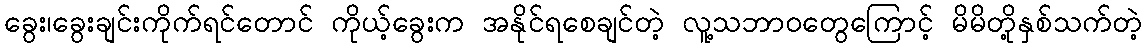
ခွေး၊ခွေးချင်းကိုက်ရင်တောင် ကိုယ့်ခွေးက အနိုင်ရစေချင်တဲ့ လူ့သဘာဝတွေကြောင့် မိမိတို့နှစ်သက်တဲ့